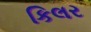
કિલર